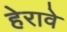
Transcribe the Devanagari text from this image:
हेरावे